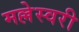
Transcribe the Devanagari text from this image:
मल्लेस्वरी